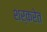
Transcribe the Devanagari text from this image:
शर्करेत